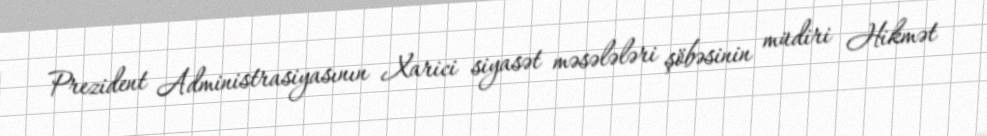
Prezident Administrasiyasının Xarici siyasət məsələləri şöbəsinin müdiri Hikmət